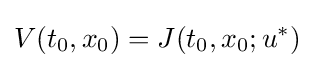
V(t_{0},x_{0})=J(t_{0},x_{0};u^{\ast })